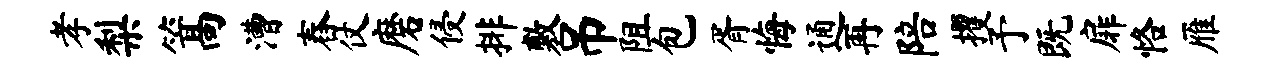
孝梨篙漕舂仗磨侵排敷吊阻包胥悔通再陪攫予既扉恪雁